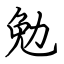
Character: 勉